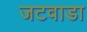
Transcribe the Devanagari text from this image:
जटवाडा